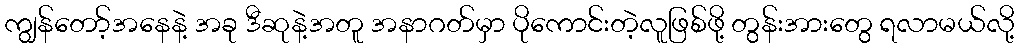
ကျွန်တော့်အနေနဲ့ အခု ဒီဆုနဲ့အတူ အနာဂတ်မှာ ပိုကောင်းတဲ့လူဖြစ်ဖို့ တွန်းအားတွေ ရလာမယ်လို့